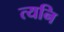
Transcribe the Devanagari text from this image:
त्यनि